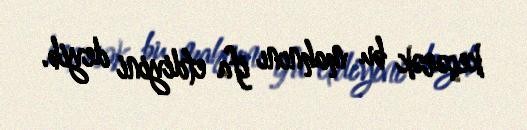
keçərək bu mahnını ifa etdiyini deyib.